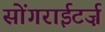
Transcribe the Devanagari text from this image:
सोंगराईटर्ज़